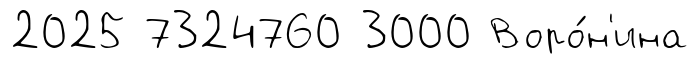
2025 7324760 3000 Воро́н'ина